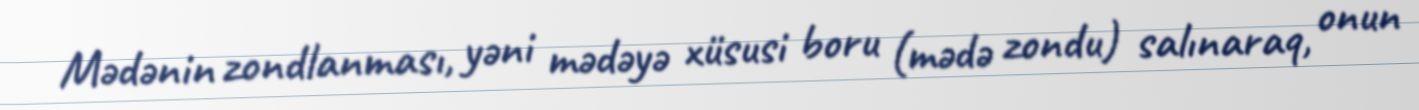
Mədənin zondlanması, yəni mədəyə xüsusi boru (mədə zondu) salınaraq, onun